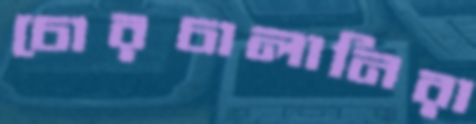
চোরচালানিরা